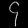
Digit: ၄